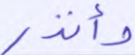
وأنذر